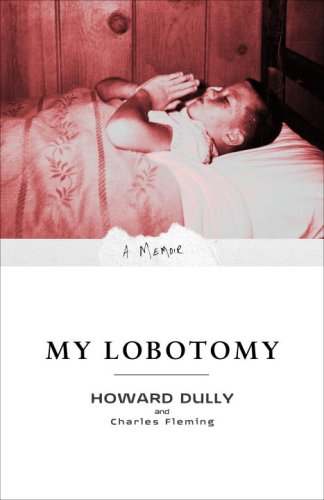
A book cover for My Lobotomy; Howard Dully; Medical Books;